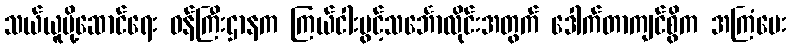
သယ်ယူပို့ဆောင်ရေး ဝန်ကြီးဌာနက ကြယ်ငါးပွင့်သင်္ဘောလိုင်းအတွက် ဒေါက်တာကျင်စွိက အကြံပေး